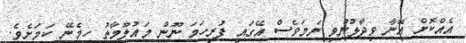
އެއްކޮށް އޭނާ ވިދާޅުނުވި ނަމަވެސް އޭގައި ފުރިހަމަ ނޫން މައުލޫމާތު ހިމެނޭ ކަމަށެވެ.